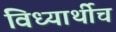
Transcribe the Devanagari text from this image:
विध्यार्थीच